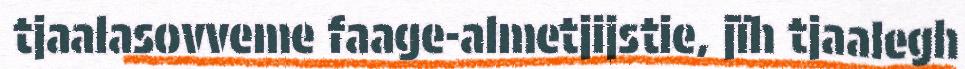
tjaalasovveme faage-almetjijstie, jïh tjaalegh